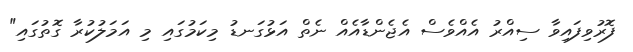
ފޮރުވިފައިވާ ސިއްރު އެއްވެސް އެޖެންޑާއެއް ނެތް އަޅުގަނޑު މިކަމުގައި މި އަމަލުކުރާ ގޮތުގައި"